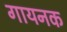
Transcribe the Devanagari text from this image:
गायनक